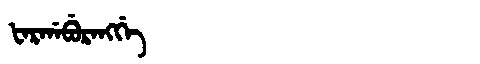
Manchu: ᡶᠠᡵᡤᠠᠪᡠᡵᠠᠩᡤᡝ
Romanization: FARGABURANGGE